画像に写った文字を読んでください
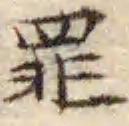
「罪」と書いてあります